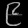
Digit: ၉